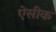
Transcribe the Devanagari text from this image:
ऐसीक